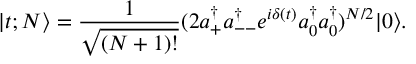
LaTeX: | t ; N \rangle = \frac { 1 } { \sqrt { ( N + 1 ) ! } } ( 2 a _ { + } ^ { \dagger } a _ { -- } ^ { \dagger } e ^ { i \delta ( t ) } a _ { 0 } ^ { \dagger } a _ { 0 } ^ { \dagger } ) ^ { N / 2 } | 0 \rangle .